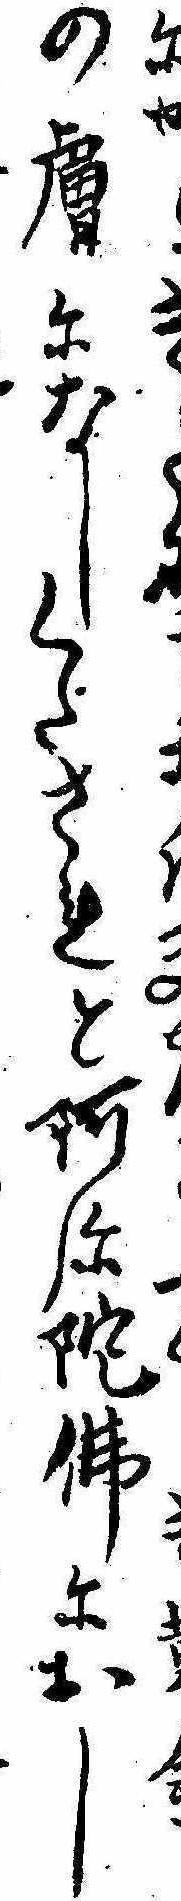
にかの膚になしくだされと阿弥陀仏におし